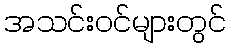
အသင်းဝင်များတွင်